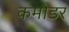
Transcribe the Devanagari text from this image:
कमोडर